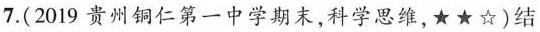
7.(2019贵州铜仁第一中学期末，科学思维，★★☆)结